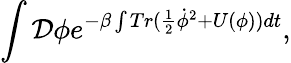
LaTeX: \int{\cal D}\phi e^{-\beta\int Tr(\frac{1}{2}\dot{\phi}^{2}+U(\phi))dt},